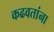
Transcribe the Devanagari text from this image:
कढवतांना